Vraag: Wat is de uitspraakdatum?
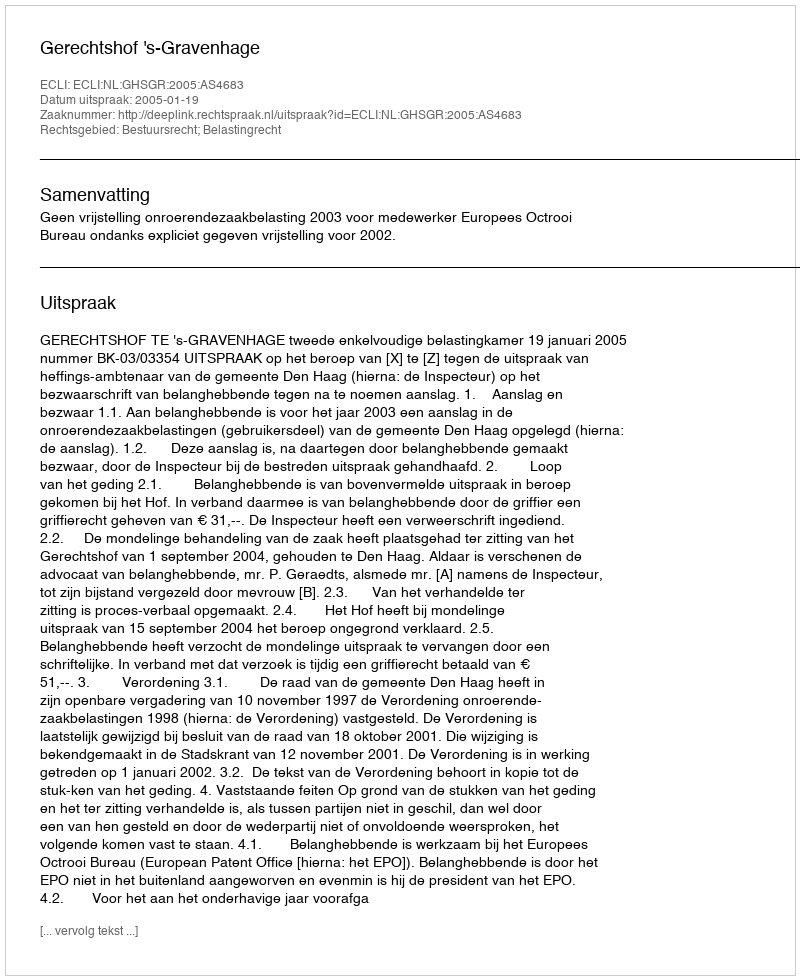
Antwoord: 2005-01-19